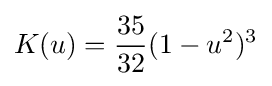
K(u)={\frac {35}{32}}(1-u^{2})^{3}